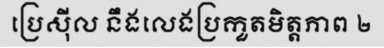
ប្រេស៊ីល នឹងលេងប្រកួតមិត្តភាព ២